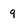
Character: q